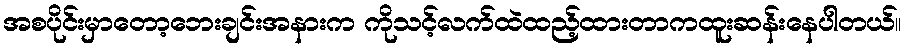
အစပိုင်းမှာတော့ဘေးချင်းအနားက ကိုသင့်လက်ထဲထည့်ထားတာကထူးဆန်းနေပါတယ်။